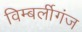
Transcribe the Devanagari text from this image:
विम्बर्लीगंज